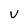
Character: V